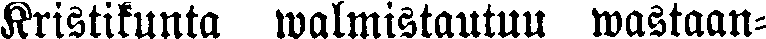
Kristikunta walmistautuu wastaan-